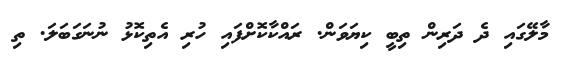
މާލޭގައި ދެ ދަރިން ތިބީ ކިޔަވަން. ރައްކާކޮށްފައި ހުރި އެތިކޮޅު ނުނަގަބަލަ. ތި